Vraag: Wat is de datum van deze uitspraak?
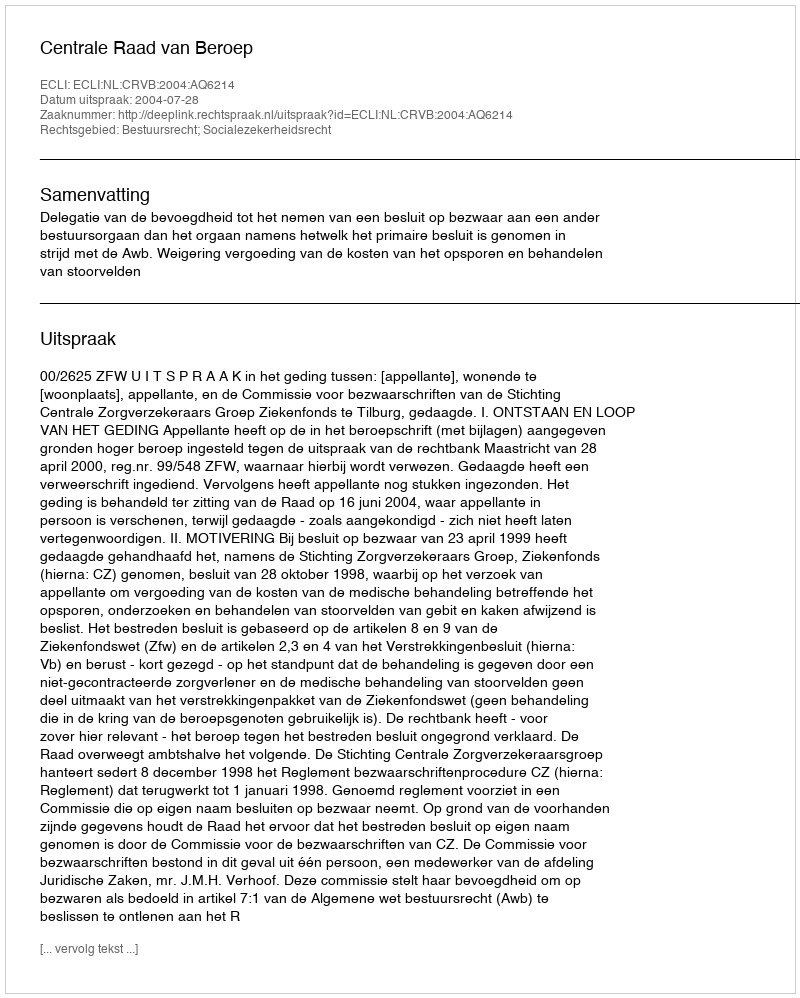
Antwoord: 2004-07-28